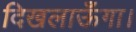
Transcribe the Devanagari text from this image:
दिखलाऊँगा।